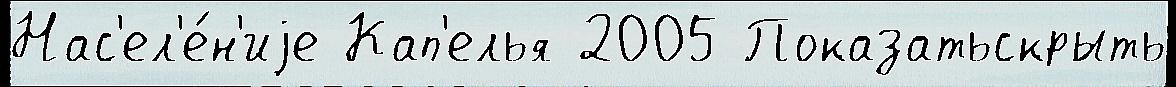
Нас'ел'е́н'иjе Кап'елья 2005 Показатьскрыть